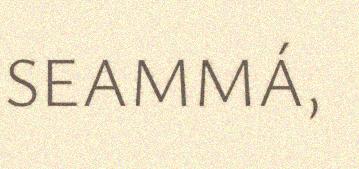
SEAMMÁ,